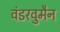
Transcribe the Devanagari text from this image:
वंडरवुमैन